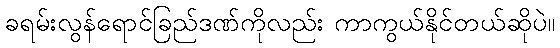
ခရမ်းလွန်ရောင်ခြည်ဒဏ်ကိုလည်း ကာကွယ်နိုင်တယ်ဆိုပဲ။